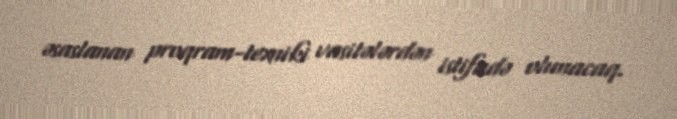
əsaslanan proqram-texniki vasitələrdən istifadə olunacaq.